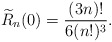
\begin{gather*} {\widetilde{R}}_n(0) =\frac{(3n)!}{6(n!)^3} . \end{gather*}